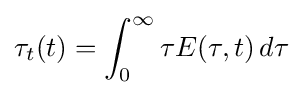
\tau _{t}(t)=\int _{0}^{\infty }\tau E(\tau ,t)\,d\tau